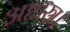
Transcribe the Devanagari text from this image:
अष्टास्र।